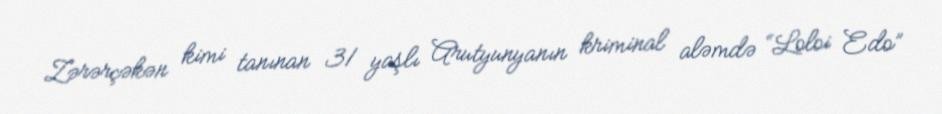
Zərərçəkən kimi tanınan 31 yaşlı Arutyunyanın kriminal aləmdə “Loloi Edo”